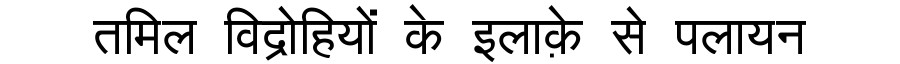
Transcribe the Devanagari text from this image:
तमिल विद्रोहियों के इलाक़े से पलायन